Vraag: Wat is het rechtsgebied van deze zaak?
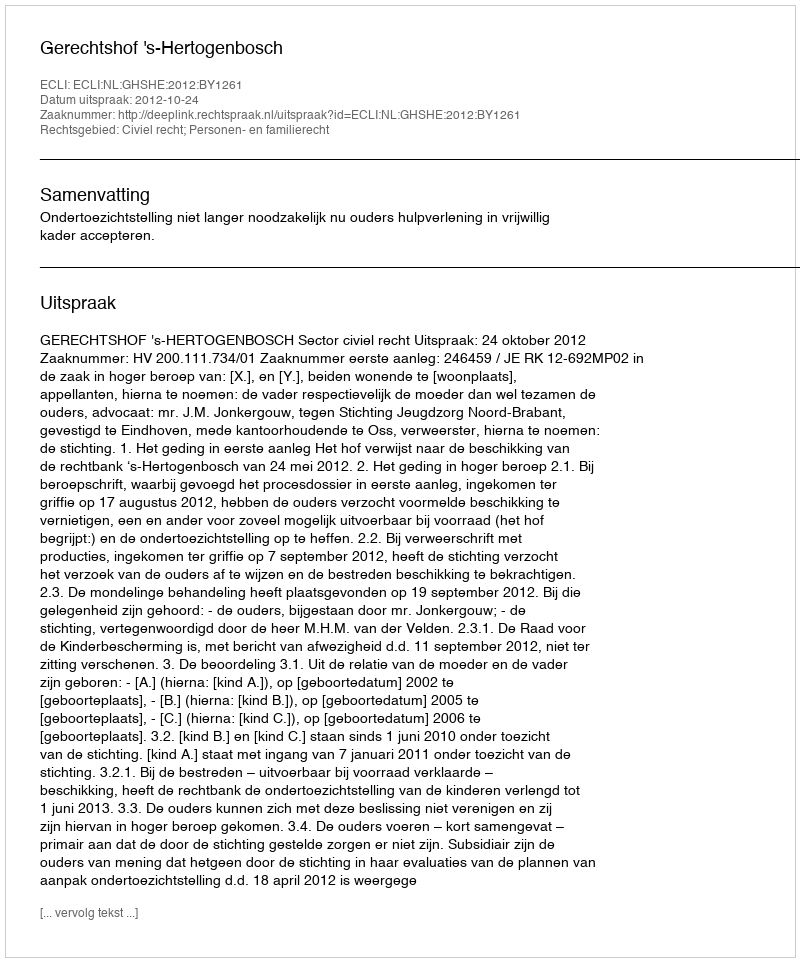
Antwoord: Civiel recht; Personen- en familierecht